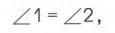
\(\angle1=\angle2\)